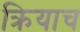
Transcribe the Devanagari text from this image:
क्रियाच